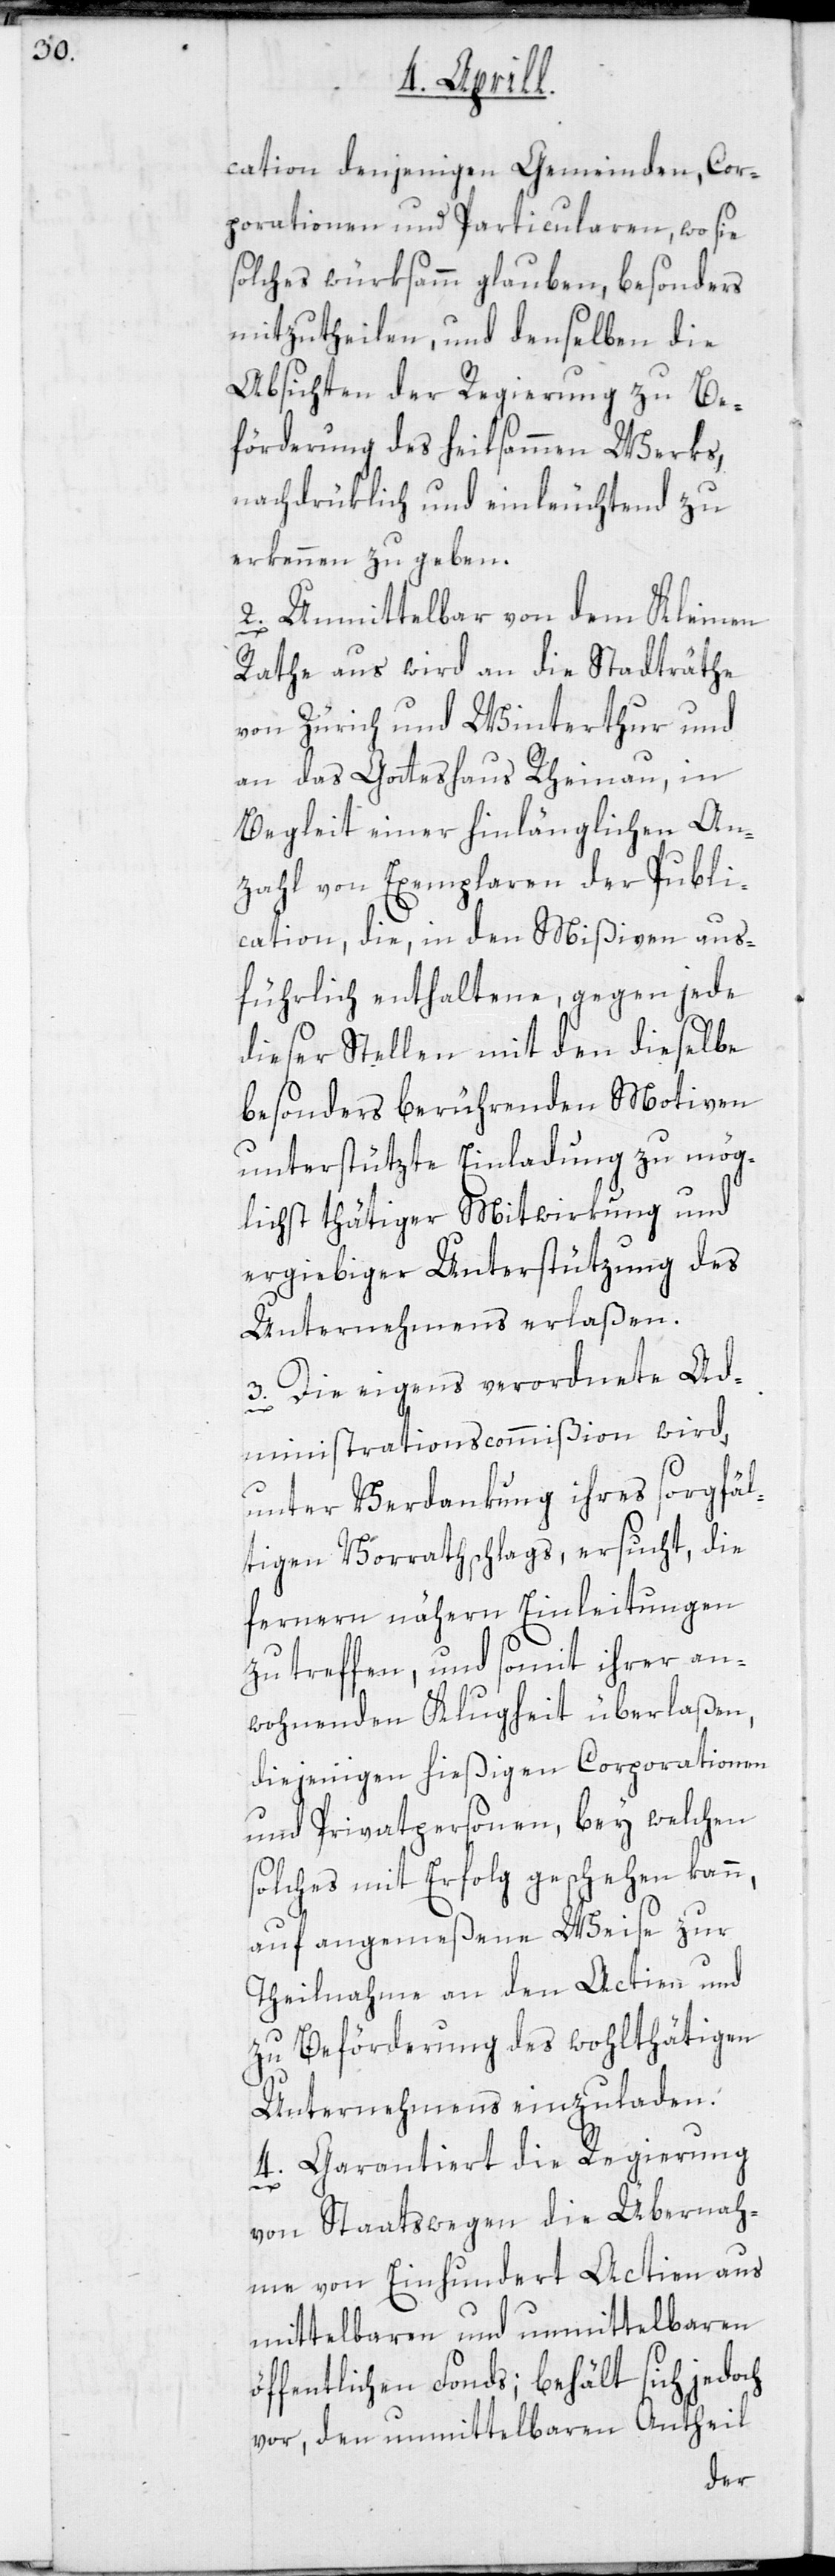
cation denjenigen Gemeinden, Cor¬
porationen und Particularen, wo sie
solches würksamm glauben, besonders
mitzutheilen, und denselben die
Absichten der Regierung zu Be¬
förderung des heilsammen Werks,
nachdrücklich und einleuchtend zu
erkennen zu geben.
2. Unmittelbar von dem Kleinen
Rathe aus wird an die Stadträthe
von Zürich und Winterthur und
an das Gotteshaus Rheinau, in
Begleit einer hinlänglichen An¬
zahl von Exemplaren der Publi¬
cation, die, in den Mißiven aus¬
führlich enthaltene, gegen jede
dieser Stellen mit den dieselbe
besonders berührenden Motiven
unterstützte Einladung zu mög¬
lichst thätiger Mitwirkung und
ergiebiger Unterstützung des
Unternehmens erlaßen.
3. Die eigens verordnete Ad¬
ministrationscommißion wird,
unter Verdankung ihres sorgfäl¬
tigen Vorrathschlags, ersucht, die
fernern nähern Einleitungen
zu treffen, und somit ihrer an¬
wohnenden Klugheit überlaßen,
diejenigen hießigen Corporationen
und Privatpersonen, bey welchen
solches mit Erfolg geschehen kann,
auf angemeßene Weise zur
Theilnahme an den Actien und
zu Beförderung des wohlthätigen
Unternehmens einzuladen.
4. Garantiert die Regierung
von Staatswegen die Übernah¬
me von Einhundert Actien aus
mittelbaren und unmittelbaren
öffentlichen Fonds; behält sich jedoch
vor, den unmittelbaren Antheil